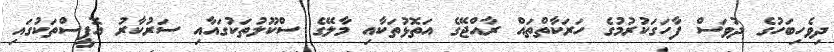
ދިވެހިބަހުގެ ދުވަސް ފާހަގަކުރުމުގެ ހަރަކާތްތައް ރާއްޖޭގެ އަތޮޅުތަކާއި މާލޭގެ ސްކޫލުތަކުގައާއި ސަރުކާރު އޮފީސްތަކުގައި